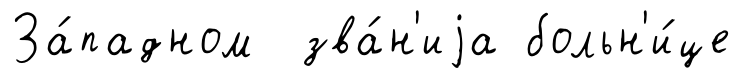
За́падном зва́н'иjа больн'и́це